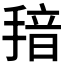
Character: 𱠞